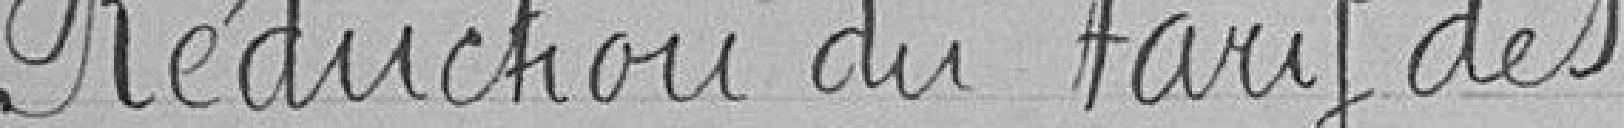
Réduction du tarif des